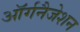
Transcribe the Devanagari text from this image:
ऑर्गनैजेशन